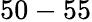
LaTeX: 50-55